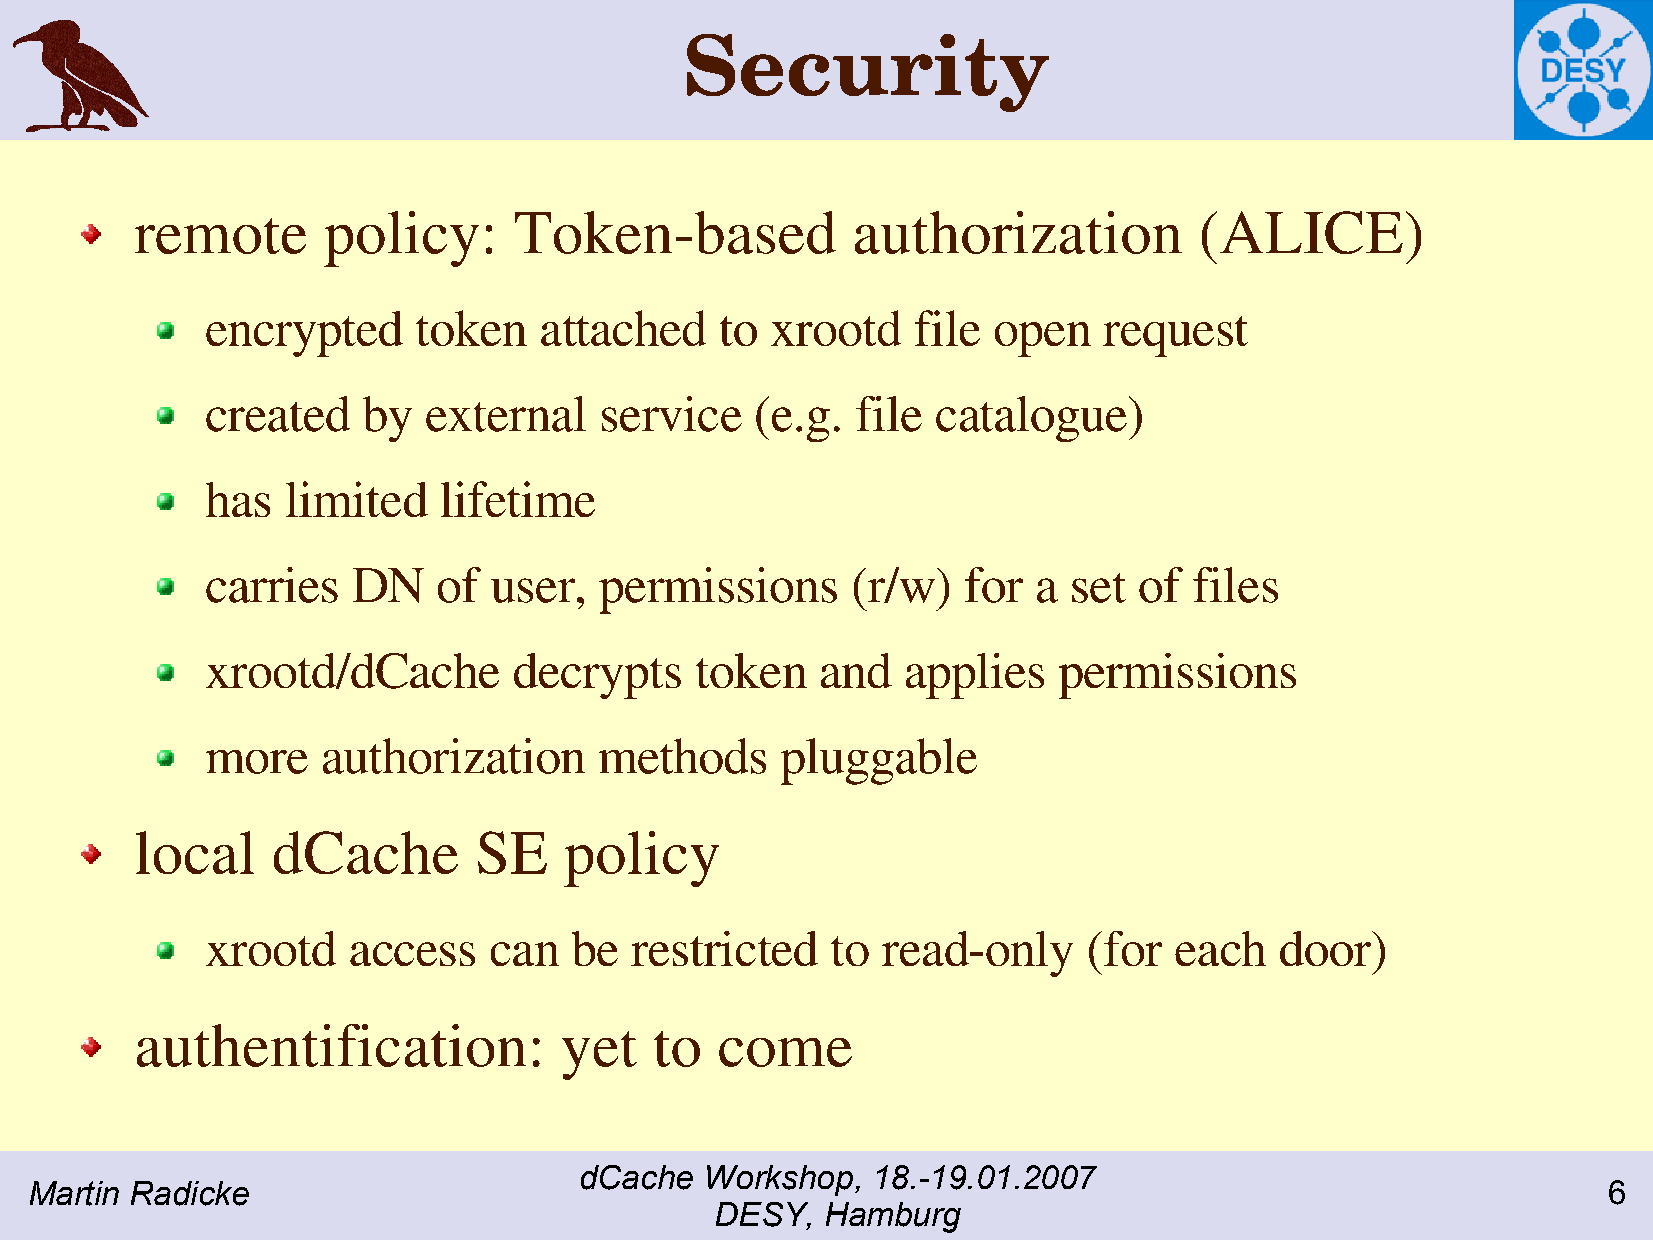
Security
 remote      policy:      Token-based           authorization          (ALICE)
 encrypted    token    attached    to xrootd   file  open   request
 created   by  external    service   (e.g.  file catalogue)
 has  limited   lifetime
 carries  DN    of user,   permissions     (r/w)   for a  set of  files
 xrootd/dCache       decrypts    token   and   applies   permissions
 more   authorization      methods     pluggable
 local    dCache       SE    policy
 xrootd   access   can   be  restricted   to read-only     (for  each   door)
 authentification:           yet   to  come
 dCache   Workshop,  18.-19.01.2007
 Martin Radicke                                                                                          6
 DESY,   Hamburg